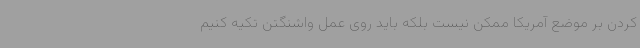
کردن بر موضع آمریکا ممکن نیست بلکه باید روی عمل واشنگتن تکیه کنیم